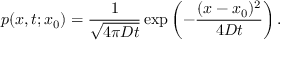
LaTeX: p ( x , t ; x _ { 0 } ) = { \frac { 1 } { \sqrt { 4 \pi D t } } } \exp \left( - { \frac { ( x - x _ { 0 } ) ^ { 2 } } { 4 D t } } \right) .